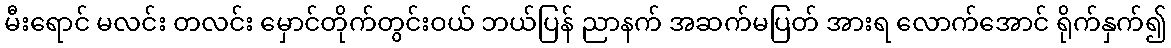
မီးရောင် မလင်း တလင်း မှောင်တိုက်တွင်းဝယ် ဘယ်ပြန် ညာနက် အဆက်မပြတ် အားရ လောက်အောင် ရိုက်နှက်၍